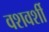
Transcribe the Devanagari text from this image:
वशवर्शी